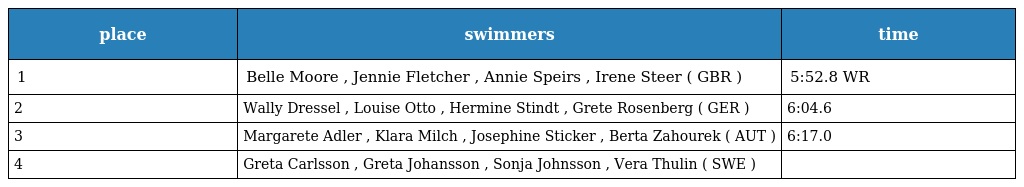
| place | swimmers | time |
 | --- | --- | --- |
 | 1 | Belle Moore , Jennie Fletcher , Annie Speirs , Irene Steer ( GBR ) | 5:52.8 WR |
 | 2 | Wally Dressel , Louise Otto , Hermine Stindt , Grete Rosenberg ( GER ) | 6:04.6 |
 | 3 | Margarete Adler , Klara Milch , Josephine Sticker , Berta Zahourek ( AUT ) | 6:17.0 |
 | 4 | Greta Carlsson , Greta Johansson , Sonja Johnsson , Vera Thulin ( SWE ) |  |